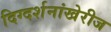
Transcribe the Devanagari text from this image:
दिग्दर्शनांखेरीज